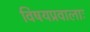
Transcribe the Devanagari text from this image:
विषयप्रवालाः